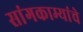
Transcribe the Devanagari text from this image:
सांगकाम्यांचे